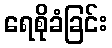
ရေစိုခံခြင်း